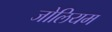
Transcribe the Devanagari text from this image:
जोलियम